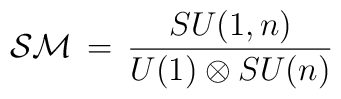
{\cal SM} \, = \, {{SU(1,n)}\over{U(1)\otimes SU(n)}}